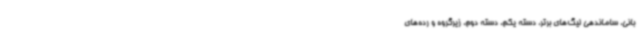
بانی، ساماندهی لیگ‌های برتر، دسته یکم، دسته دوم، زیرگروه و رده‌های